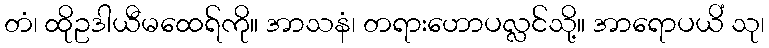
တံ၊ ထိုဥဒါယီမထေရ်ကို။ အာသနံ၊ တရားဟောပလ္လင်သို့။ အာရောပယိံ သု၊